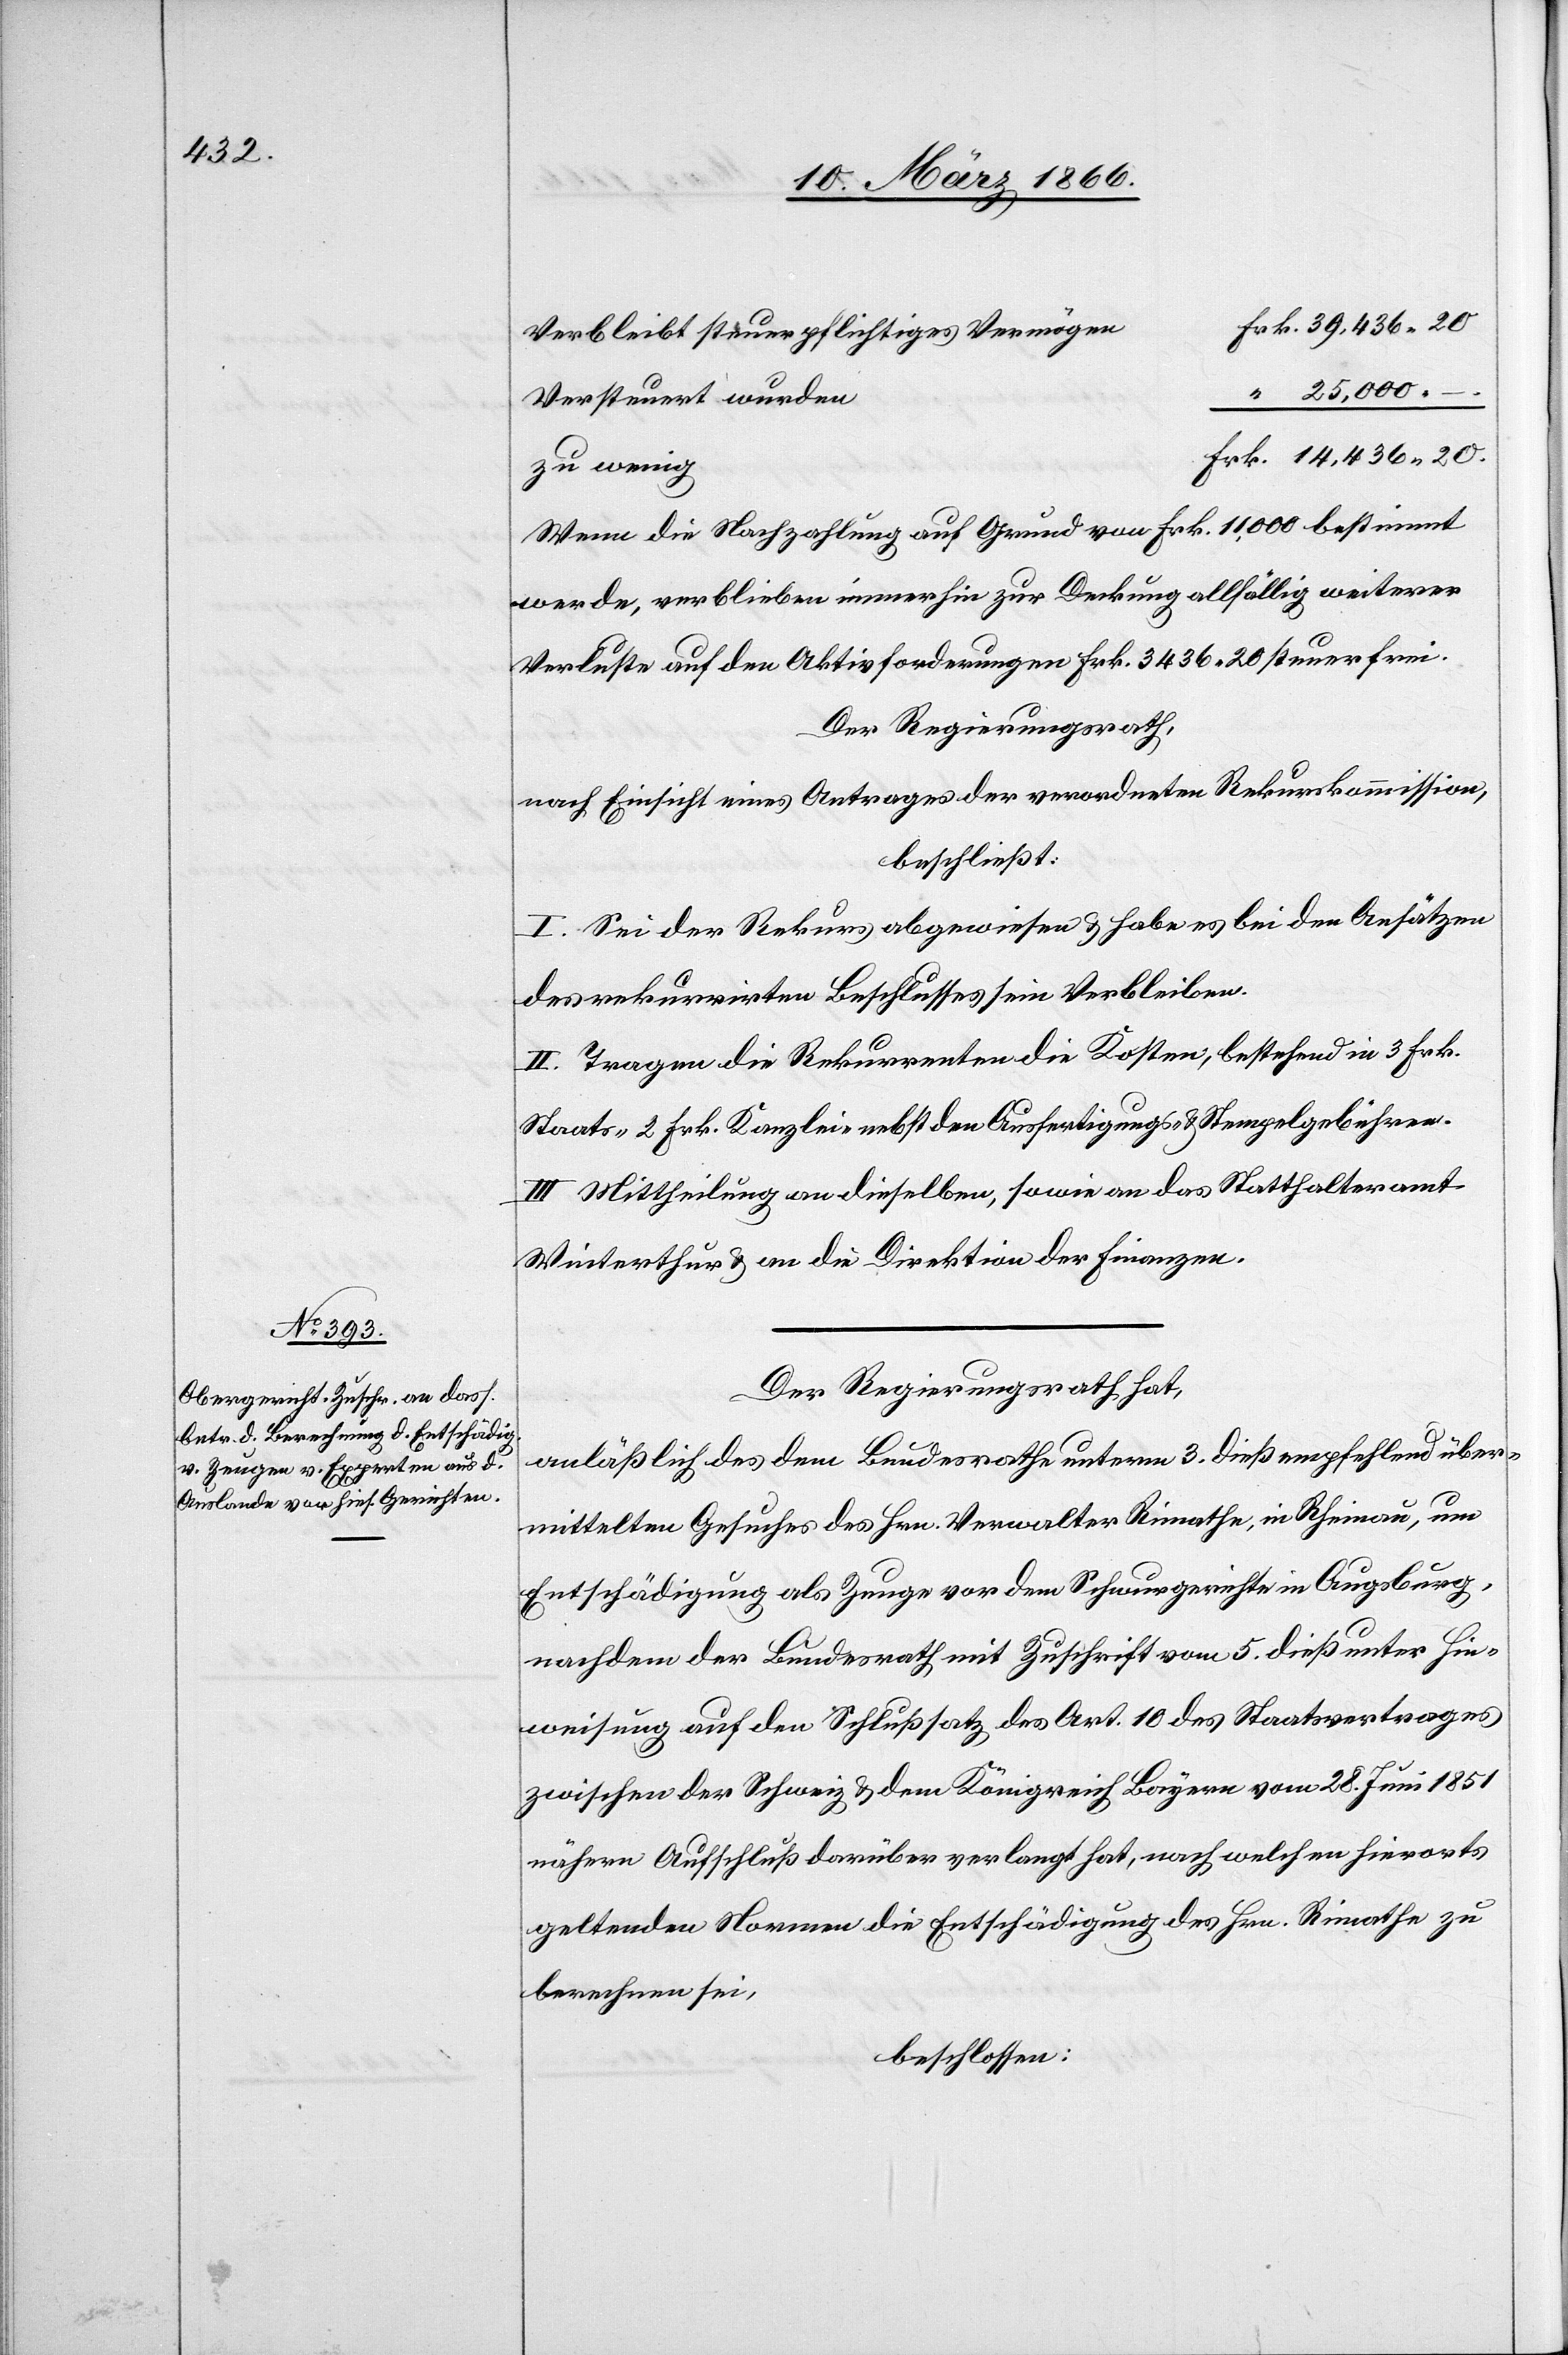
Verbleibt steuerpflichtiges Vermögen
25
Versteuert wurden
zu wenig
Wenn die Nachzahlung auf Grund von Frk. 11 000 bestimmt
werde, verbleibe immerhin zur Deckung allfällig weiterer
Verluste auf den Aktivforderungen Frk. 3436 20 steuerfrei.
Der Regierungsrath,
nach Einsicht eines Antrages der verordneten Rekurskommission,
beschließt:
I. Sei der Rekurs abgewiesen u. habe es bei den Ansätzen
des rekurrirten Beschlusses sein Verbleiben.
II. Tragen die Rekurrenten die Kosten, bestehend in 3 Frk.
Staats-[,] 2 Frk. Kanzlei nebst den Ausfertigungs- u. Stempelgebühren.
III. Mittheilung an dieselben, sowie an das Statthalteramt
Winterthur u. an die Direktion der Finanzen.
Der Regierungsrath hat,
anläßlich des dem Bundesrathe unterm 3. dieß empfehlend über¬
mittelten Gesuches des Hrn. Verwalter Rimathe, in Rheinau, um
Entschädigung als Zeuge vor dem Schwurgerichte in Augsburg,
nachdem der Bundesrath mit Zuschrift vom 5. dieß unter Hin¬
weisung auf den Schlußsatz des Art. 10 des Staatsvertrages
–.
zwischen der Schweiz u. dem Königreich Bayern vom 28. Juni 1851
nähern Aufschluß darüber verlangt hat, nach welchen hierorts
geltenden Normen die Entschädigung des Hrn. Rimathe zu
berechnen sei,
beschlossen: